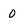
Character: 0